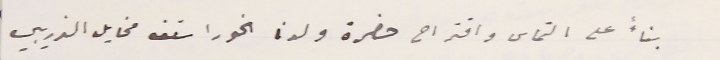
بناءً على التماس واقتراح حضرة ولدنا الخوراسقف مخايل الذريبي